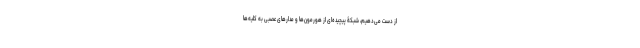
از دست می‌دهیم، شبکۀ پیچیده‌ای از هورمون‌ها و مدارهای عصبی به کلیه‌ها